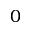
0